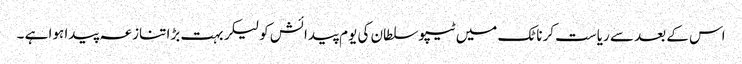
اس کے بعد سے ریاست کرناٹک میں ٹیپو سلطان کی یوم پیدائش کو لیکر بہت بڑا تنازعہ پیدا ہوا ہے ۔